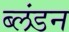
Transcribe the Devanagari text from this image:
ब्लंडन